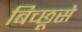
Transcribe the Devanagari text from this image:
बिच्छूसे